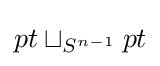
pt\sqcup _{S^{n-1}}pt